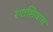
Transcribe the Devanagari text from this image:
रंगाशिवाय